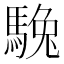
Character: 𩣮